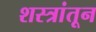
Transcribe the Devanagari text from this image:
शस्त्रांतून